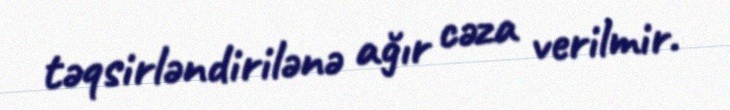
təqsirləndirilənə ağır cəza verilmir.